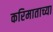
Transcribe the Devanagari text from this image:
करिमाताच्या